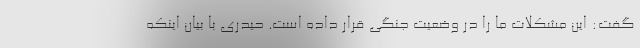
گفت: این مشکلات ما را در وضعیت جنگی قرار داده است. حیدری با بیان اینکه